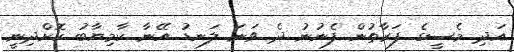
އަދި މެސީގެ ފަރާތުން ފެނުނު ދެ ވަނަ ލަނޑު އޭނާ ކާމިޔާބު ކޮށްދިނީ